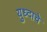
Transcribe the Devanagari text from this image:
युध्दाचे